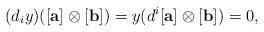
LaTeX: \begin{align*} (d_iy)([\mathbf{a}]\otimes [\mathbf{b}])=y(d^i[\mathbf{a}]\otimes [\mathbf{b}])=0, \end{align*}